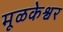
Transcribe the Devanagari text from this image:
मूळकेश्वर